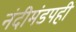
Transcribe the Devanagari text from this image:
नंदीमंडपही